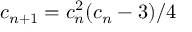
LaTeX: c _ { n + 1 } = c _ { n } ^ { 2 } ( c _ { n } - 3 ) / 4 \,